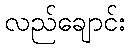
လည်ချောင်း